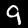
Digit: 9